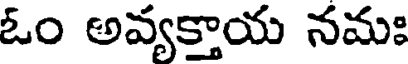
ఓం అవ్యక్తాయ నమః